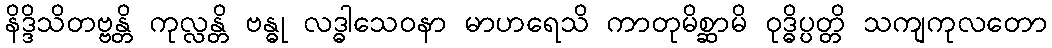
နိဒ္ဒိသိတဗ္ဗန္တိ ကုလ္လန္တိ ဗန္ဓု လဒ္ဓါသေဝနာ မာဟရေသိ ကာတုမိစ္ဆာမိ ဝုဒ္ဓိပ္ပတ္တိ သကျကုလတော